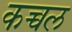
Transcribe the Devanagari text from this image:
कच्चल